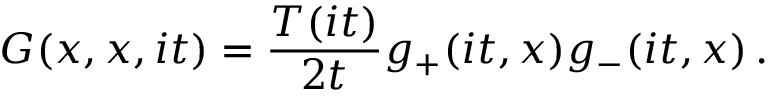
G ( x , x , i t ) = \frac { T ( i t ) } { 2 t } g _ { + } ( i t , x ) g _ { - } ( i t , x ) \, .